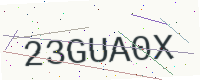
Text: 23GUA0X